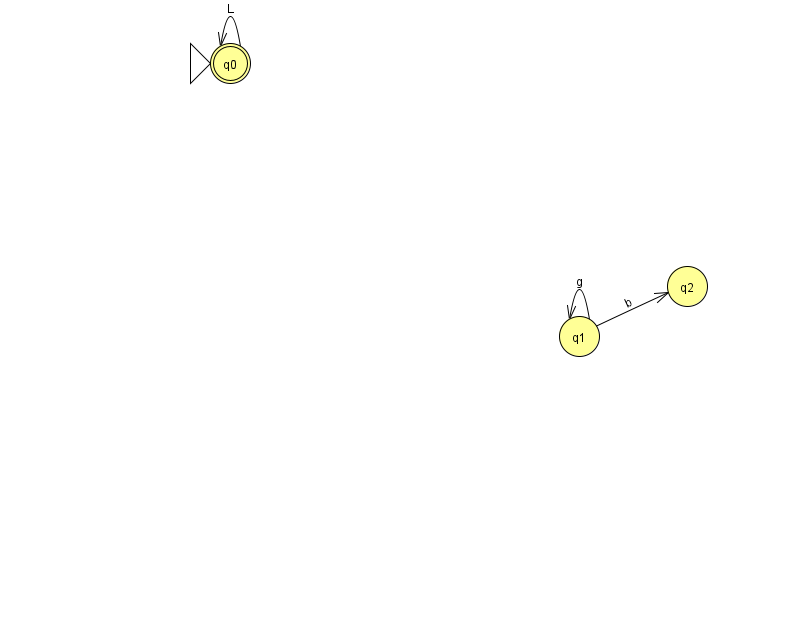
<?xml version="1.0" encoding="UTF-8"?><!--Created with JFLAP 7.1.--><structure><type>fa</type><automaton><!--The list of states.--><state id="0" name="q0"><x>230.0</x><y>50.0</y><initial/><final/></state><state id="1" name="q1"><x>579.0</x><y>323.0</y></state><state id="2" name="q2"><x>687.0</x><y>273.0</y></state><!--The list of transitions.--><transition><from>1</from><to>2</to><read>b</read></transition><transition><from>1</from><to>1</to><read>g</read></transition><transition><from>0</from><to>0</to><read>L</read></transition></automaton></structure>